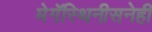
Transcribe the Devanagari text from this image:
मेगॅस्थिनीसनेही